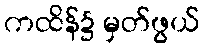
ကထိန်၌ မှတ်ဖွယ်